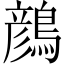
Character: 𪃛